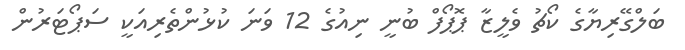
ބަލްގޭރިޔާގެ ކޯޗު ވެލީޒާ ޕޮޕޯފް ބުނީ ނިއުގެ 12 ވަނަ ކުޅުންތެރިއަކީ ސަޕޯޓަރުން